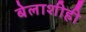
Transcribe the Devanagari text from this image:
बेलाशीही